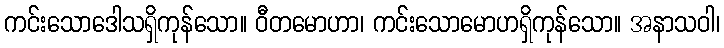
ကင်းသောဒေါသရှိကုန်သော။ ဝီတမောဟာ၊ ကင်းသောမောဟရှိကုန်သော။ အနာသဝါ၊